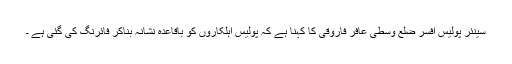
سینئر پولیس افسر ضلع وسطی عافر فاروقی کا کہنا ہے کہ پولیس اہلکاروں کو باقاعدہ نشانہ بناکر فائرنگ کی گئی ہے ۔